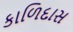
કાળિદાસ